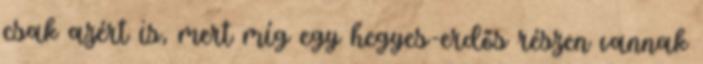
csak azért is, mert míg egy hegyes-erdős részen vannak